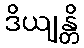
ဒိယျန္တိ